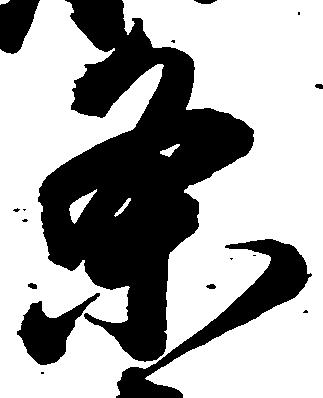
条